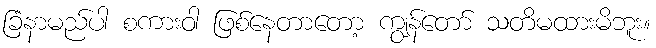
ခြံနာမည်ပါ စကားဝါ ဖြစ်နေတာတော့ ကျွန်တော် သတိမထားမိဘူး။